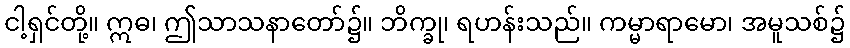
ငါ့ရှင်တို့။ ဣဓ၊ ဤသာသနာတော်၌။ ဘိက္ခု၊ ရဟန်းသည်။ ကမ္မာရာမော၊ အမူသစ်၌